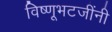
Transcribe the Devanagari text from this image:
विष्णूभटजींनी